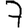
Digit: 7